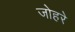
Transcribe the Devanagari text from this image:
जोहरे